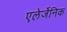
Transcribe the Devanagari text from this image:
एलेर्जेनिक